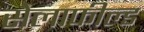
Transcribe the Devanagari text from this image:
सेलाफील्ड